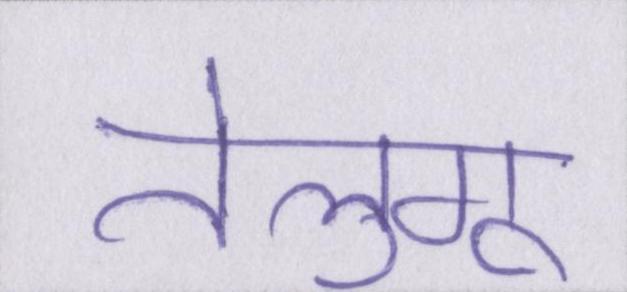
तेलुगू